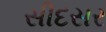
સીદસર